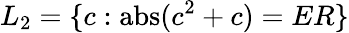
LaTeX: L_{2}=\{ c:\operatorname{abs}(c^{2}+c)=ER\}